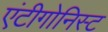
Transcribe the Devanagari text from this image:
एंटीगोनिस्ट